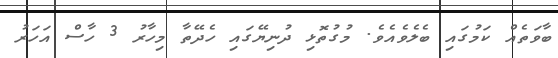
ބާވަތެއް ކަމުގައި ބެލެވެއެވެ. މުގުތޮޅި ދުނިޔޭގައި ހެދޭތާ މިހާރު 3 ހާސް އަހަރު